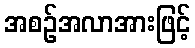
အစဉ်အလာအားဖြင့်